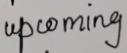
upcoming